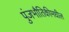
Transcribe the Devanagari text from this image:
पुंजभौतिकीमधील